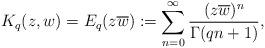
LaTeX: \begin{align*}K_q(z,w)=E_q(z\overline{w}):=\displaystyle \sum_{n=0}^\infty \frac{(z\overline{w})^n}{\Gamma(qn+1)},\end{align*}